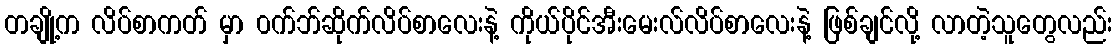
တချို့က လိပ်စာကတ် မှာ ၀က်ဘ်ဆိုက်လိပ်စာလေးနဲ့ ကိုယ်ပိုင်အီးမေးလ်လိပ်စာလေးနဲ့ ဖြစ်ချင်လို့ လာတဲ့သူတွေလည်း